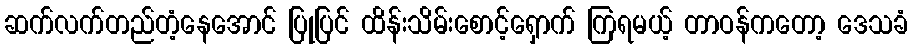
ဆက်လက်တည်တံ့နေအောင် ပြုပြင် ထိန်းသိမ်းစောင့်ရှောက် ကြရမယ့် တာဝန်ကတော့ ဒေသခံ